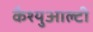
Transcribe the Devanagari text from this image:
कैश्युआल्टी